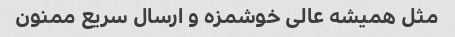
مثل همیشه عالی خوشمزه و ارسال سریع ممنون